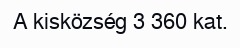
A kisközség 3 360 kat.